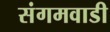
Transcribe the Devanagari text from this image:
संगमवाडी